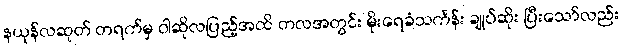
နယုန်လဆုတ် တရက်မှ ဝါဆိုလပြည့်အထိ တလအတွင်း မိုးရေခံသင်္ကန်း ချုပ်ဆိုး ပြီးသော်လည်း